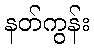
နတ်ကွန်း